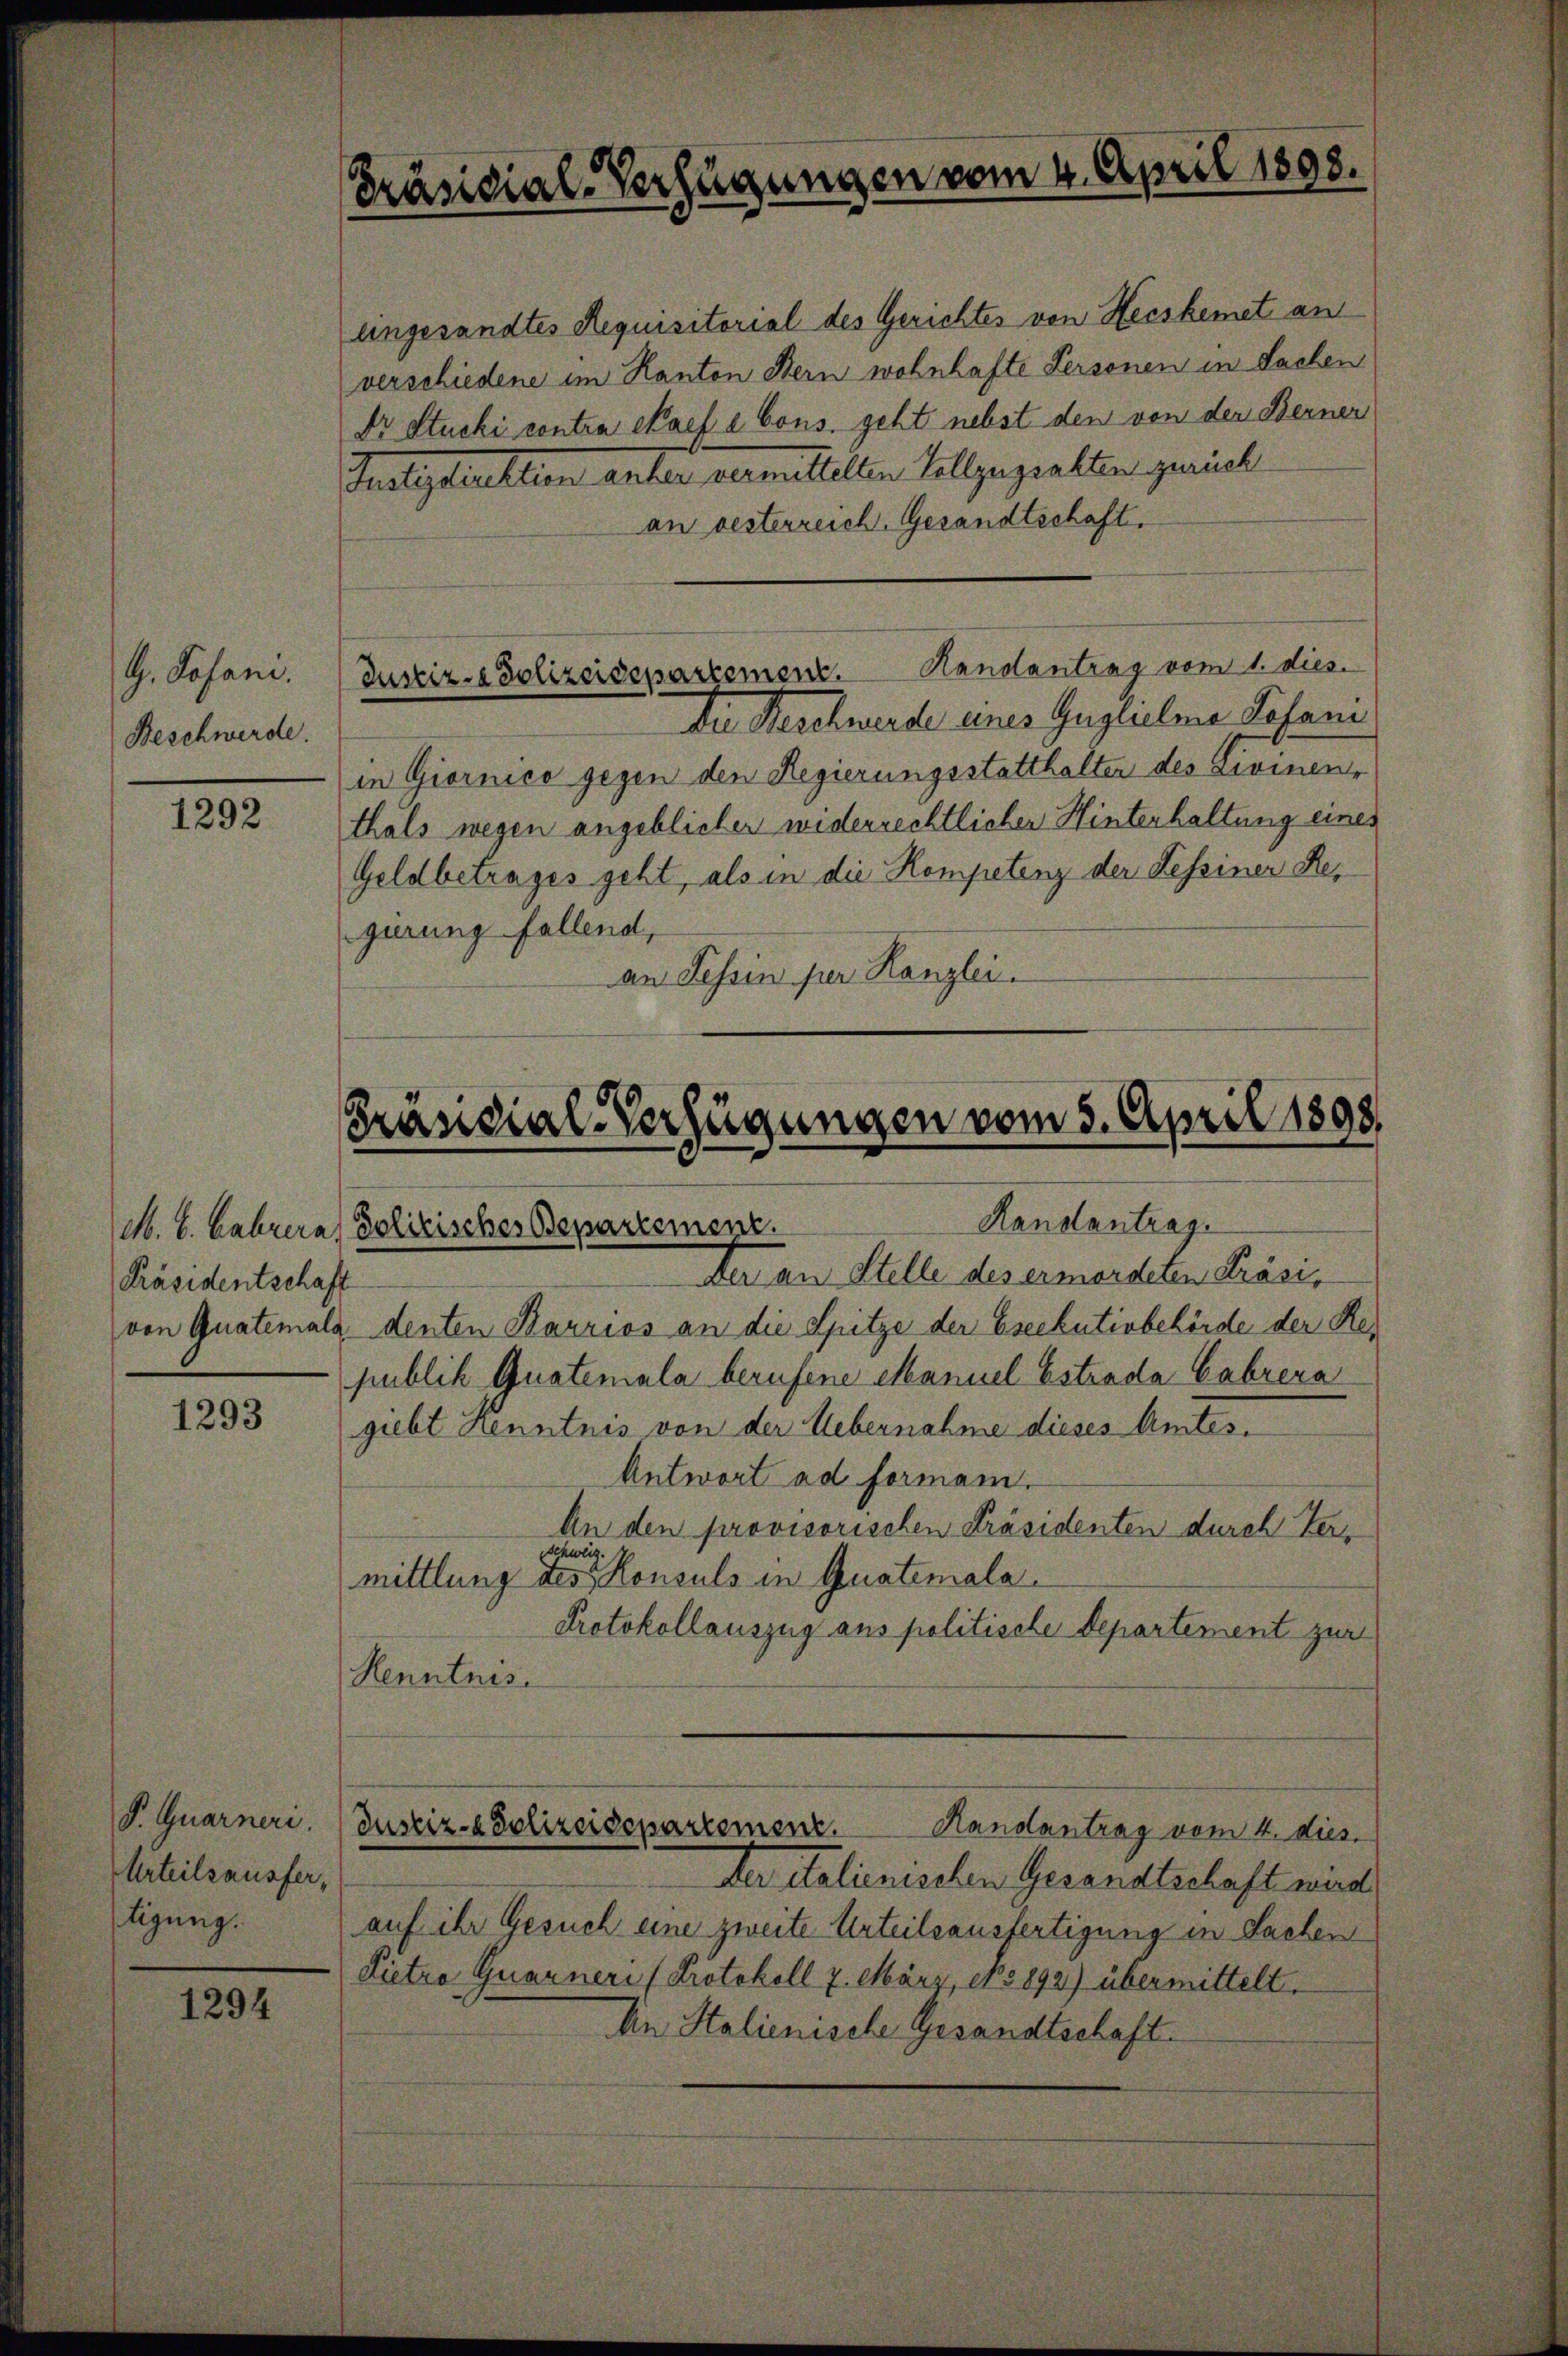
G. Josani
Beschwerde.

1292

Präsidentschaft

1293

P. Quarneri.
Urteilsausfertigung.

1294

Präsidial-Verfügungen vom 4. April 1898.

eingesandtes Requisitorial des Gerichtes von Hecskemet an
verschiedene im Kanton Bern wohnhafte Personen in Sachen
Dr. Stucki contra ekaef e Cons. geht nebst den von der Berner
Justizdirektion anter vermittelten Vollzugsakten zurück
an besterreich. Gesandtschaft.
Justiz- & Polizeidepartement. Handantrag vom 1. dies
In Beschwerde eines Guglulma Gasani
in Giornico gegen den Regierungsstatthalter des Livinenr
thals wegen angeblichen widerrechtlicher Hinterhaltung eines
Geldbetrages geht, als in die Kompetenz der Tessiner Regierung fallend,
an Tessin per Kanzlei.

Präsidial-Verfügungen vom 5. April 1898
Kanstantrage
M. E. Fahrere Polizisches Departement.

Der an Stelle des ermordeten Präsivon Guatemals, denten Barrios an die Spitze der Eseekutivbehörde der Republik Quatemala berufene Maniel Estrada Gabrera
giebt Kenntnis von der Uebernahme dieses Amtes.
Antwort ad formann.
An den provisorischen Präsidenten durch Ver¬
Schweiz.
mittlung des Konsuls in Guatemala¬
Protokollauszug aus politische Departement zur
Kenntnis.
Justiz- & Polizeidepartement.
Randantrag vom 4. dies
Der italienischen Gesandtschaft wird
auf ihr Gesuch eine zweite Urteilsausfertigung in Sachen
Pietro Quarner (Protokoll 2. März, No 892) übermittelt.
Ain Stalienische Gesandtschaft